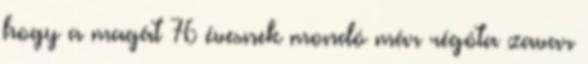
hogy a magát 76 évesnek mondó már régóta zavar